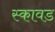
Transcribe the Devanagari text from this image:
स्कावड